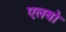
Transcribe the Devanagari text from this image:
एलबो